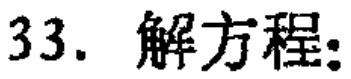
33. 解方程: